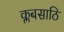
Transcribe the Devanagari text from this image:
क्लबसाठि